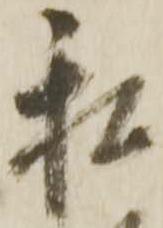
私